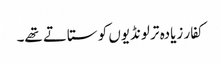
کفار زیادہ تر لونڈیوں کو ستاتے تھے۔